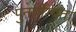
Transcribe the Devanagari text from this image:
पुनर्योग्यता